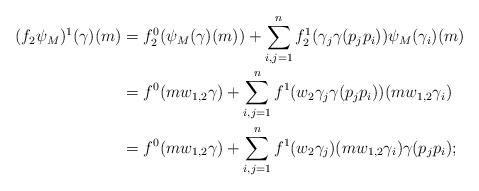
\begin{align*}(f_2\psi_M)^1(\gamma)(m) &= f_2^0(\psi_M(\gamma)(m)) + \sum_{i,j=1}^{n} f_2^1(\gamma_j\gamma(p_jp_i))\psi_M(\gamma_i)(m)\\ &= f^0(m w_{1,2} \gamma) + \sum_{i,j=1}^{n} f^1(w_2 \gamma_j\gamma(p_jp_i))(m w_{1,2} \gamma_i)\\ &= f^0(m w_{1,2} \gamma) + \sum_{i,j=1}^{n} f^1(w_2 \gamma_j)(m w_{1,2} \gamma_i)\gamma(p_jp_i);\end{align*}